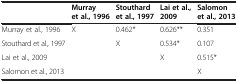
|  | Murray et al., 1996 | Stouthard et al., 1997 | Lai et al., 2009 | Salomon et al., 2013 |
 | --- | --- | --- | --- | --- |
 | Murray et al., 1996 | X | 0.462* | 0.626** | 0.351 |
 | Stouthard et al., 1997 |  | X | 0.534* | 0.107 |
 | Lai et al., 2009 |  |  | X | 0.515* |
 | Salomon et al., 2013 |  |  |  | X |